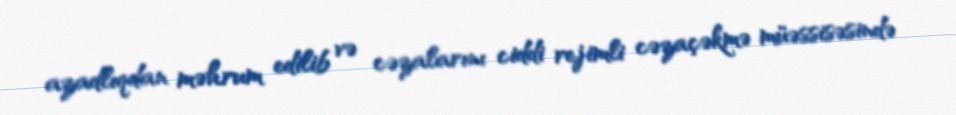
azadlıqdan məhrum edilib və cəzalarını ciddi rejimli cəzaçəkmə müəssisəsində